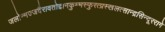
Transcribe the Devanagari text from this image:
जलोन्मज्जदैरावतोद्दानकुम्भस्फुरत्प्रस्खलत्सान्द्रसिन्दूररागे